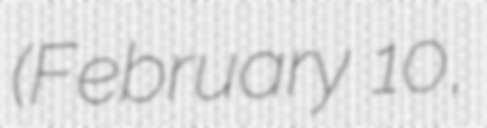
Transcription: (February 10,